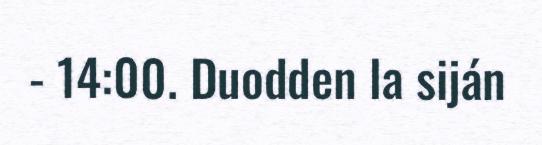
- 14:00. Duodden la siján